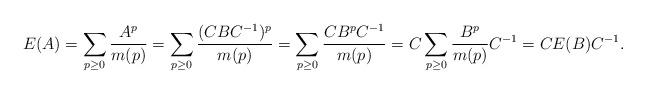
LaTeX: \begin{align*} E(A)=\sum_{p\ge0}\frac{A^p}{m(p)}=\sum_{p\geq 0}\frac{(CBC^{-1})^p}{m(p)}= \sum_{p\geq 0}\frac{CB^pC^{-1}}{m(p)}=C\sum_{p\geq 0}\frac{B^p}{m(p)}C^{-1}=CE(B)C^{-1}. \end{align*}